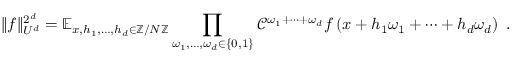
\Vert f \Vert _ { U ^ { d } } ^ { 2 ^ { d } } = \mathbb { E } _ { x , h _ { 1 } , \ldots , h _ { d } \in \mathbb { Z } / N \mathbb { Z } } \prod _ { \omega _ { 1 } , \ldots , \omega _ { d } \in \{ 0 , 1 \} } \mathcal { C } ^ { \omega _ { 1 } + \cdots + \omega _ { d } } f \left( { x + h _ { 1 } \omega _ { 1 } + \cdots + h _ { d } \omega _ { d } } \right) \ .